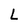
Character: L